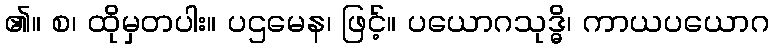
၏။ စ၊ ထိုမှတပါး။ ပဌမေန၊ ဖြင့်။ ပယောဂသုဒ္ဓိ၊ ကာယပယောဂ